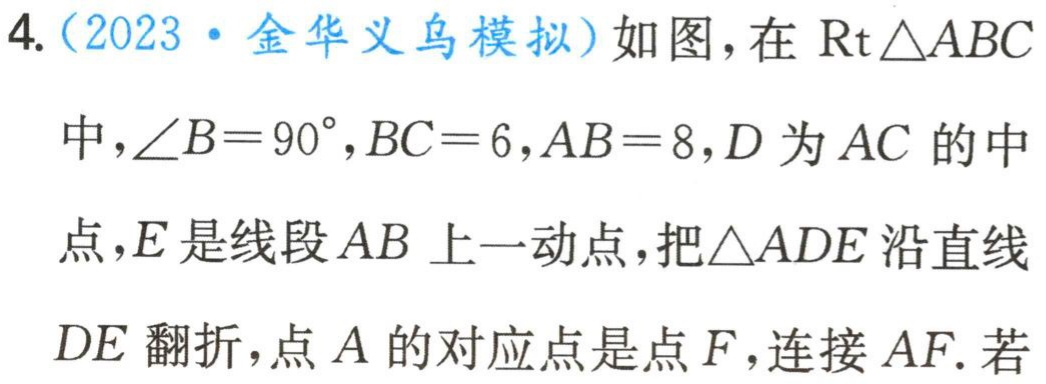
4.（2023·金华义乌模拟）如图，在$\text{Rt}\triangle ABC$中，$\angle B = 90^{\circ}$，$BC = 6$，$AB = 8$，$D$为$AC$的中点，$E$是线段$AB$上一动点，把$\triangle ADE$沿直线$DE$翻折，点$A$的对应点是点$F$，连接$AF$. 若